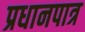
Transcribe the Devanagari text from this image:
प्रधानपात्र